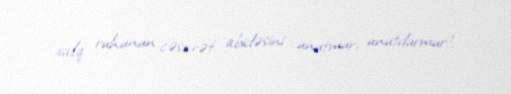
xalq ruhunun cəsarət abidəsini unutmur, unutdurmur!.